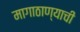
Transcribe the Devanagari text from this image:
मागाठाण्याची